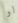
لو